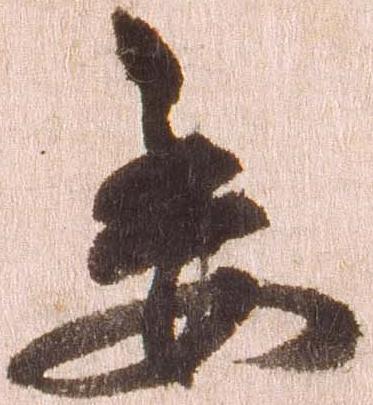
委